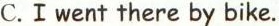
C. I went there by bike.